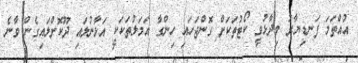
އުއްތަމަ ފަނޑިޔާރު ވިދާޅުވީ ކޯޓުތަކަށް ގޮންޖަހައި ހިންގާ އަމަލުތަކަކީ އަޅާނުލައި ދޫކޮށްލައިގެން ވާނެ